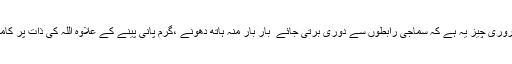
ایسی صورتِحال میں سب سے ضروری چیز یہ ہے کہ سماجی رابطوں سے دوری برتی جائے ِ بار بار منہ ہاتھ دھونے ،گرم پانی پینے کے علاوہ اللہ کی ذات پر کامل یقین اور بھروسہ رکھنا چاہیے۔